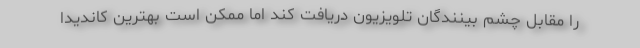
را مقابل چشم بینندگان تلویزیون دریافت کند اما ممکن است بهترین کاندیدا